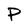
Character: P